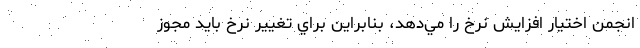
انجمن اختيار افزايش نرخ را مي‌دهد، بنابراين براي تغيير نرخ باید مجوز